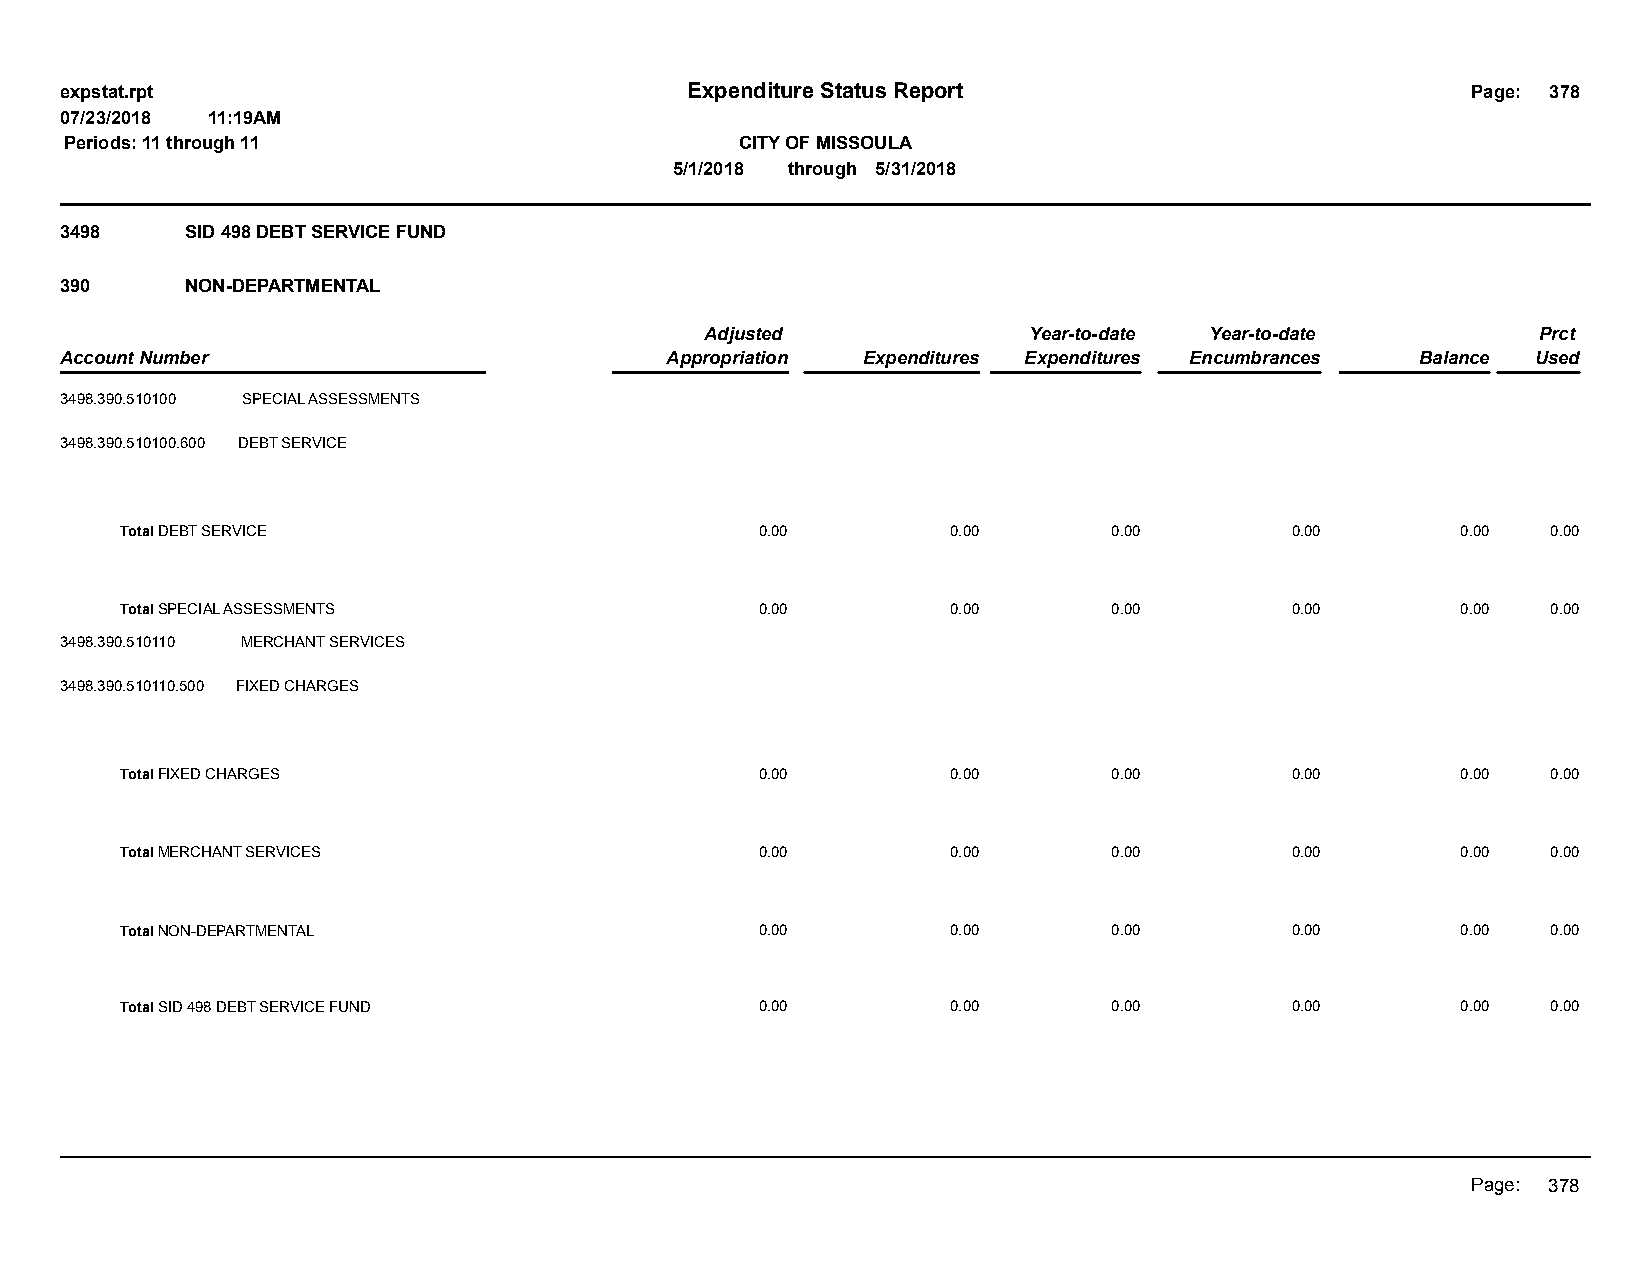
expstat.rpt                              Expenditure Status Report                           Page: 378
 07/23/2018 11:19AM
 Periods: 11 through 11                       CITY OF MISSOULA
 5/1/2018 through 5/31/2018
 3498    SID 498 DEBT SERVICE FUND
 390     NON-DEPARTMENTAL
 Adjusted             Year-to-date Year-to-date         Prct
 Account Number                          Appropriation Expenditures Expenditures Encumbrances Balance Used
 3498.390.510100 SPECIAL ASSESSMENTS
 3498.390.510100.600 DEBT SERVICE
 Total DEBT SERVICE                        0.00         0.00       0.00       0.00        0.00  0.00
 Total SPECIAL ASSESSMENTS                 0.00         0.00       0.00       0.00        0.00  0.00
 3498.390.510110 MERCHANT SERVICES
 3498.390.510110.500 FIXED CHARGES
 Total FIXED CHARGES                       0.00         0.00       0.00       0.00        0.00  0.00
 Total MERCHANT SERVICES                   0.00         0.00       0.00       0.00        0.00  0.00
 Total NON-DEPARTMENTAL                    0.00         0.00       0.00       0.00        0.00  0.00
 Total SID 498 DEBT SERVICE FUND           0.00         0.00       0.00       0.00        0.00  0.00
 Page: 378